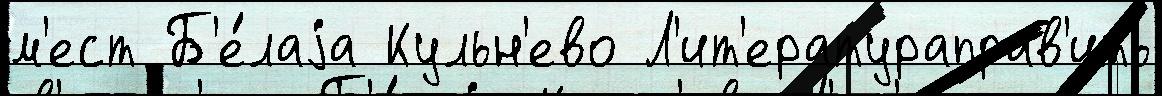
м'ест Б'е́лаjа Кульн'ево Л'ит'ератураправ'ить